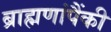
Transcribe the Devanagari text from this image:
ब्राह्मणांपैंकी